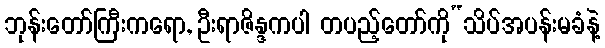
ဘုန်းတော်ကြီးကရော, ဦးရာဇိန္ဒကပါ တပည့်တော်ကို“သိပ်အပန်းမခံနဲ့